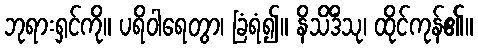
ဘုရားရှင်ကို။ ပရိဝါရေတွာ၊ ခြံရံ၍။ နိသိဒိံသု၊ ထိုင်ကုန်၏။